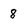
Character: 8